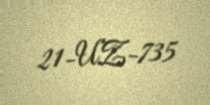
21-UZ-735